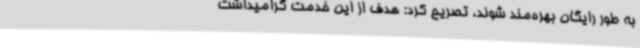
به طور رایگان بهره‌مند شوند، تصریح کرد: هدف از این خدمت گرامیداشت